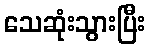
သေဆုံးသွားပြီး